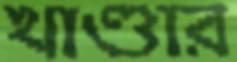
খাণ্ডার